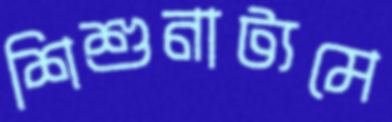
শিশুনাট্যমে